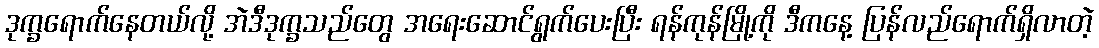
ဒုက္ခရောက်နေတယ်လို့ အဲဒီဒုက္ခသည်တွေ အရေးဆောင်ရွက်ပေးပြီး ရန်ကုန်မြို့ကို ဒီကနေ့ ပြန်လည်ရောက်ရှိလာတဲ့